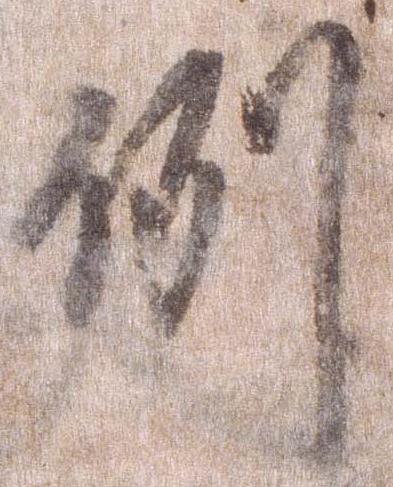
例